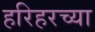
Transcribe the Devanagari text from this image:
हरिहरच्या